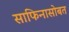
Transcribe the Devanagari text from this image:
साफिनासोबत